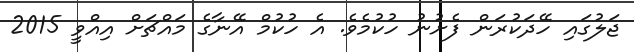
ޖަލުގައި ހޭދަކުރަން ފެށުނު ހުކުމެވެ. އެ ހުކުމް އޭނާގެ މައްޗަށް އިއްވީ 2015